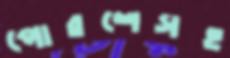
পোরশেসহ